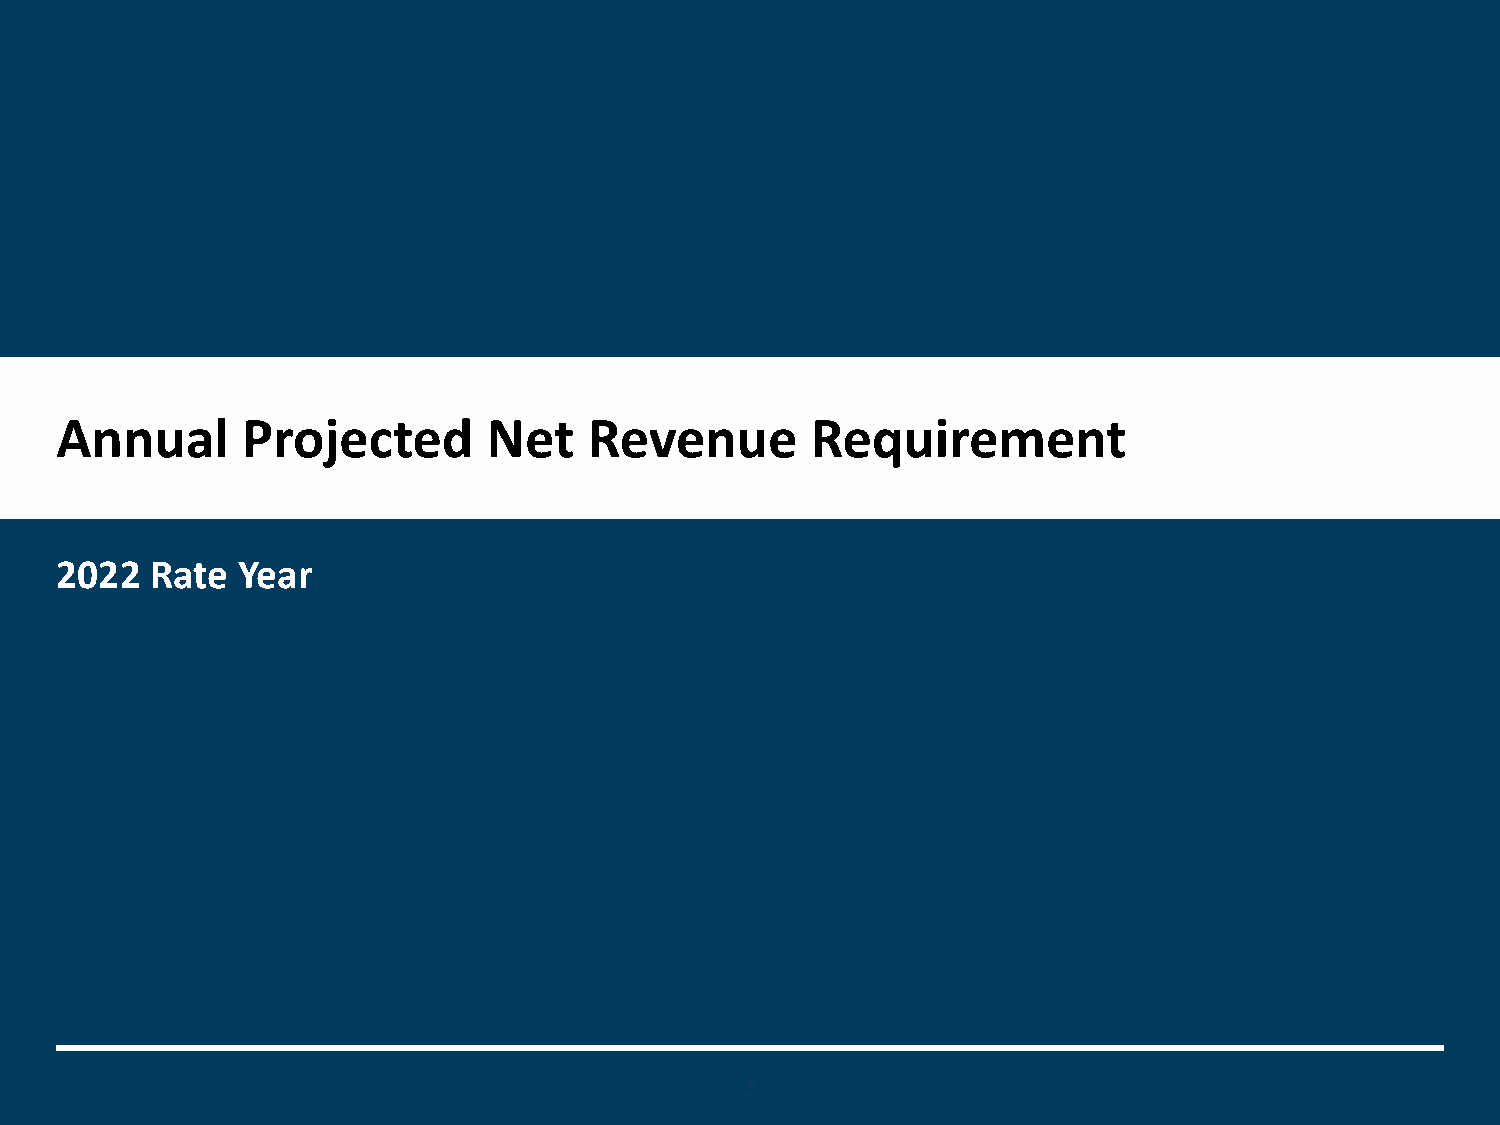
Annual      Projected       Net    Revenue        Requirement
 2022  Rate  Year
 7